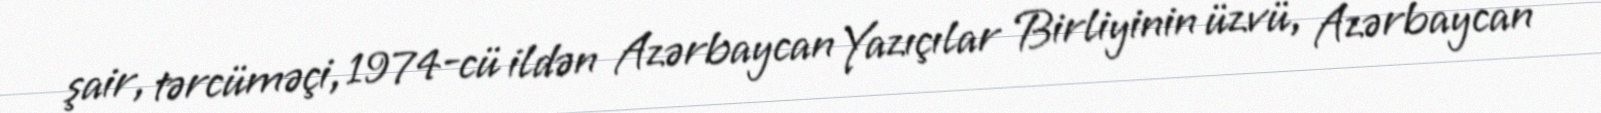
şair, tərcüməçi, 1974-cü ildən Azərbaycan Yazıçılar Birliyinin üzvü, Azərbaycan